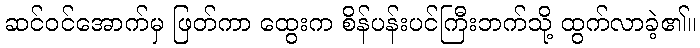
ဆင်ဝင်အောက်မှ ဖြတ်ကာ ထွေးက စိန်ပန်းပင်ကြီးဘက်သို့ ထွက်လာခဲ့၏။